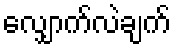
လျှောက်လဲချက်